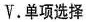
V.单项选择